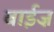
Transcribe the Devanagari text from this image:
बाईज़